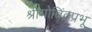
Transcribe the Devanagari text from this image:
श्रीगोविंदप्रभू